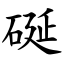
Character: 硟